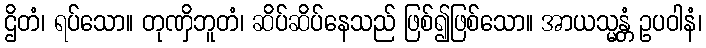
ဌိတံ၊ ရပ်သော။ တုဏှိဘူတံ၊ ဆိပ်ဆိပ်နေသည် ဖြစ်၍ဖြစ်သော။ အာယသ္မန္တံ ဥပဝါနံ၊